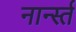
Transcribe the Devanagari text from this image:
नार्न्स्त